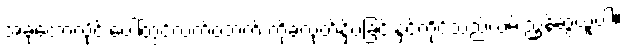
အခုတော့လိုင်းပေါ်တွင်လက်ဝဲဘက် ကိုခလုတ်နှိပ်ခြင်းနှင့်ကိုင်သည်လမ်းညွှန်ဆွဲယူပါ။